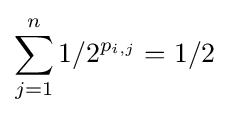
\sum _{j=1}^{n}1/2^{p_{i,j}}=1/2